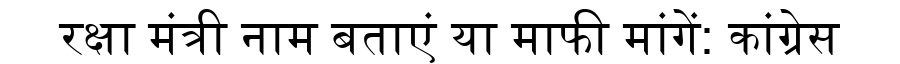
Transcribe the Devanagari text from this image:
रक्षा मंत्री नाम बताएं या माफी मांगें: कांग्रेस